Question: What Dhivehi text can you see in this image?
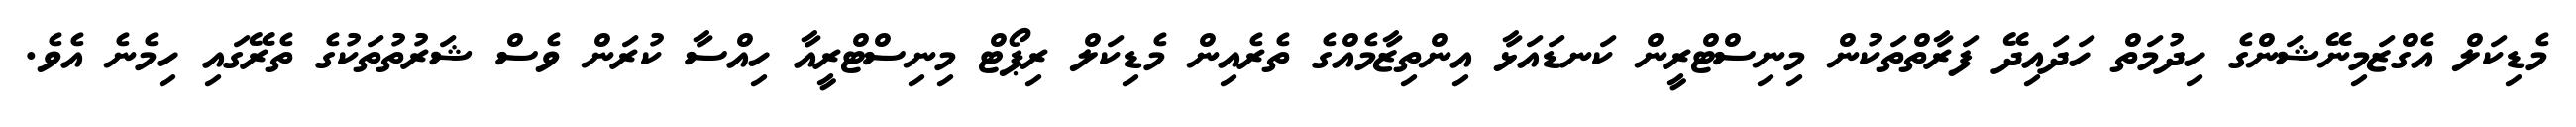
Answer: މެޑިކަލް އެގްޒަމިނޭޝަންގެ ހިދުމަތް ހަދައިދޭ ފަރާތްތަކުން މިނިސްޓްރީން ކަނޑައަޅާ އިންތިޒާމެއްގެ ތެރެއިން މެޑިކަލް ރިޕޯޓް މިނިސްޓްރީއާ ހިއްސާ ކުރަން ވެސް ޝަރުތުތަކުގެ ތެރޭގައި ހިމެނެ އެވެ.